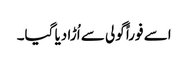
اسے فوراً گولی سے اُڑا دیا گیا۔